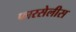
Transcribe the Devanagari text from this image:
फारसेलीस